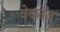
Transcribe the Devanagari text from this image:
वेब्लेन